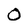
Character: 0